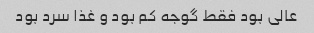
عالی بود فقط گوجه کم بود و غذا سرد بود